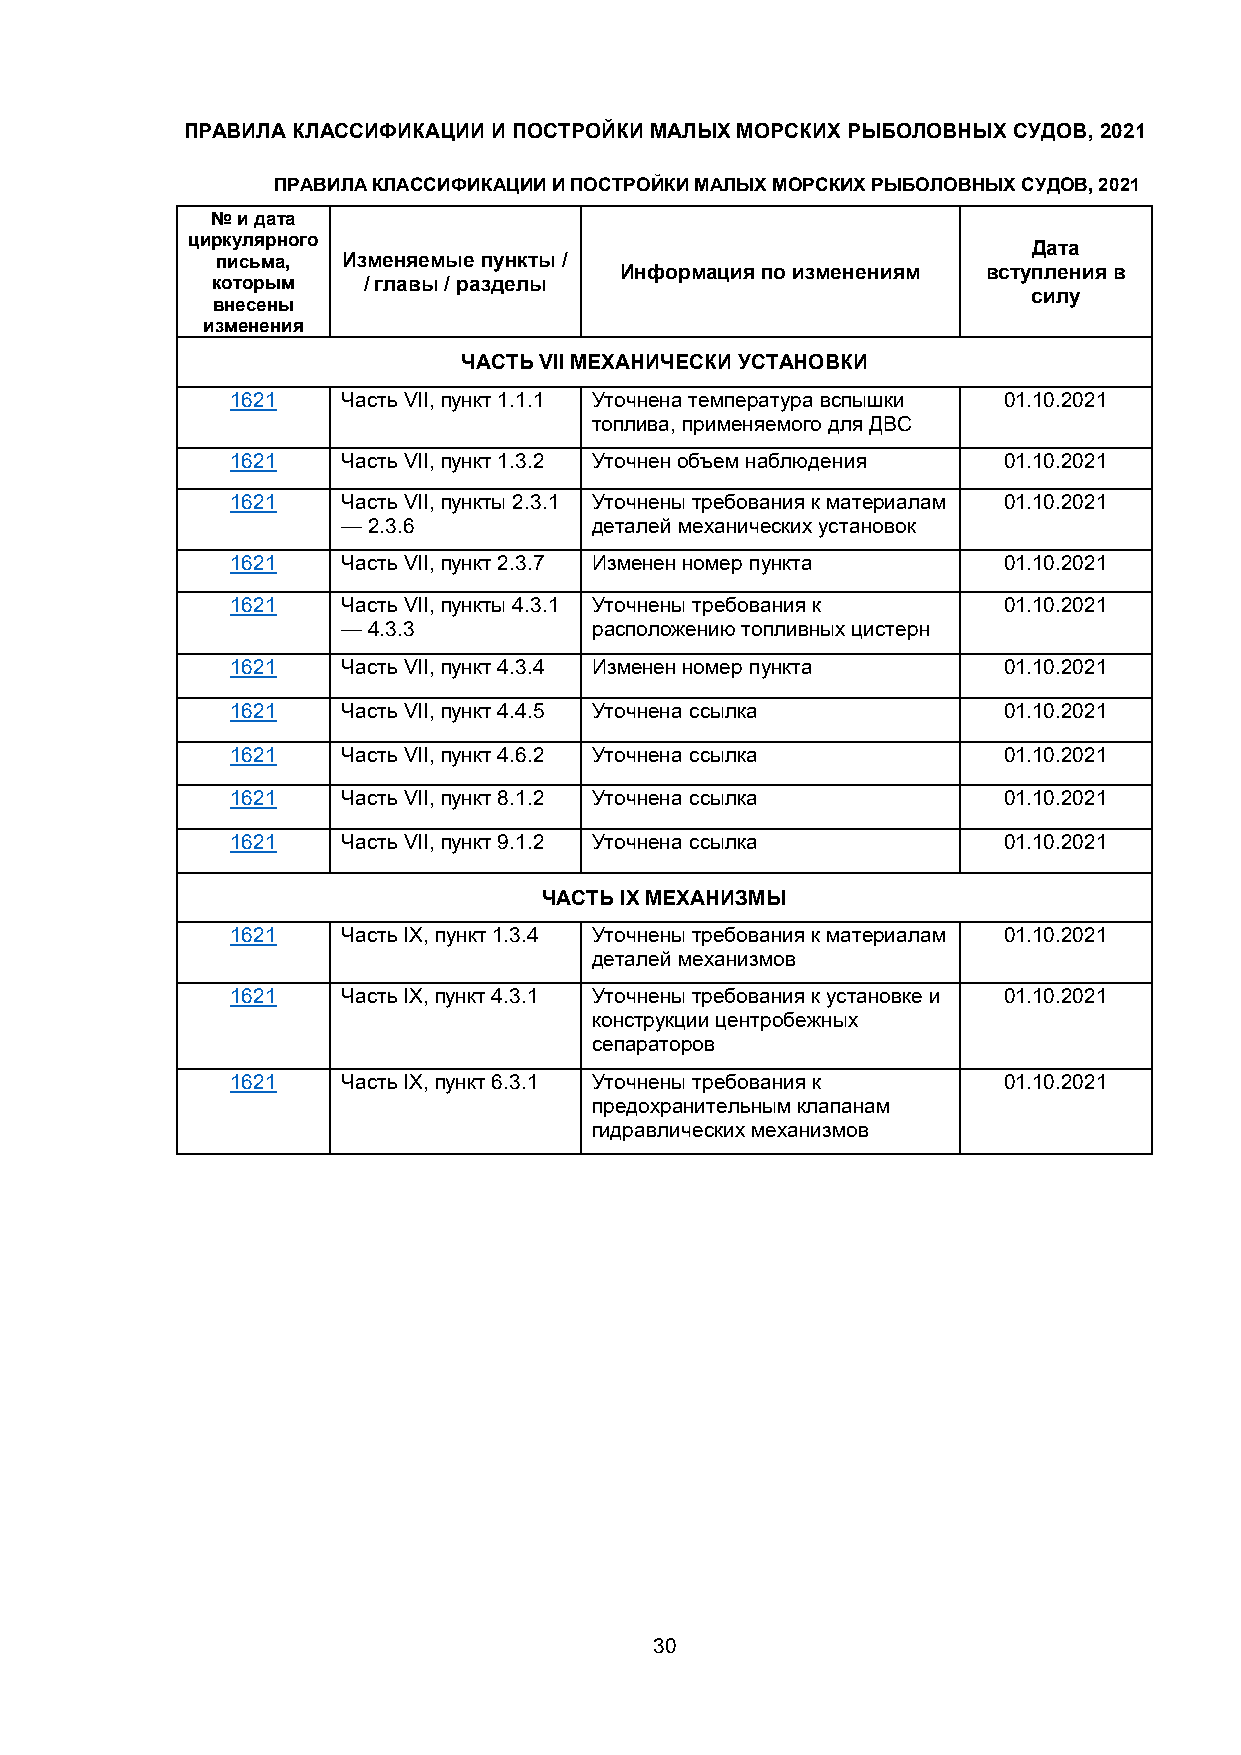
ПРАВИЛА КЛАССИФИКАЦИИ И ПОСТРОЙКИ МАЛЫХ МОРСКИХ РЫБОЛОВНЫХ СУДОВ, 2021
 ПРАВИЛА КЛАССИФИКАЦИИ И ПОСТРОЙКИ МАЛЫХ МОРСКИХ РЫБОЛОВНЫХ СУДОВ, 2021
 № и дата
 циркулярного
 Дата
 письма,  Изменяемые пункты /
 Информация по изменениям вступления в
 которым   / главы / разделы
 силу
 внесены
 изменения
 ЧАСТЬ VII МЕХАНИЧЕСКИ УСТАНОВКИ
 1621    Часть VII, пункт 1.1.1 Уточнена температура вспышки 01.10.2021
 топлива, применяемого для ДВС
 1621    Часть VII, пункт 1.3.2 Уточнен объем наблюдения 01.10.2021
 1621    Часть VII, пункты 2.3.1 Уточнены требования к материалам 01.10.2021
 — 2.3.6         деталей механических установок
 1621    Часть VII, пункт 2.3.7 Изменен номер пункта 01.10.2021
 1621    Часть VII, пункты 4.3.1 Уточнены требования к 01.10.2021
 — 4.3.3         расположению топливных цистерн
 1621    Часть VII, пункт 4.3.4 Изменен номер пункта 01.10.2021
 1621    Часть VII, пункт 4.4.5 Уточнена ссылка     01.10.2021
 1621    Часть VII, пункт 4.6.2 Уточнена ссылка     01.10.2021
 1621    Часть VII, пункт 8.1.2 Уточнена ссылка     01.10.2021
 1621    Часть VII, пункт 9.1.2 Уточнена ссылка     01.10.2021
 ЧАСТЬ IX МЕХАНИЗМЫ
 1621    Часть IX, пункт 1.3.4 Уточнены требования к материалам 01.10.2021
 деталей механизмов
 1621    Часть IX, пункт 4.3.1 Уточнены требования к установке и 01.10.2021
 конструкции центробежных
 сепараторов
 1621    Часть IX, пункт 6.3.1 Уточнены требования к 01.10.2021
 предохранительным клапанам
 гидравлических механизмов
 30